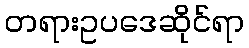
တရားဥပဒေဆိုင်ရာ